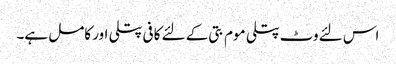
اس لئے وٹ پتلی موم بتی کے لئے کافی پتلی اور کامل ہے۔